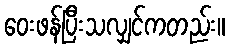
ဝေးဖန်ပြီးသလျှင်ကတည်း။